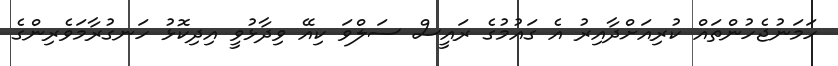
ހަމަނުޖެހުންތައް ކުރިއަށްދާއިރު އެ ގައުމުގެ ރައީސް ސަލްވަ ކިއޭ ވިދާޅުވީ އިދިކޮޅު ހަނގުރާމަވެރިންގެ